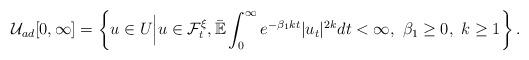
LaTeX: \begin{align*}\mathcal{U}_{ad}[0,\infty]=\left\{u\in U\Big|u\in\mathcal{F}_t^\xi,\bar{\mathbb{E}}\int_0^\infty e^{-\beta_1kt}|u_t|^{2k}dt<\infty,\ \beta_1\geq0,\ k\geq1\right\}.\end{align*}